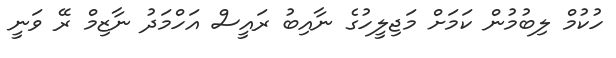
ހުކުމް ލިބުމުން ކަމަށް މަޖިލީހުގެ ނާއިބު ރައީސް އަހްމަދު ނާޒިމް ރޭ ވަނީ